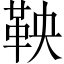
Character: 鞅